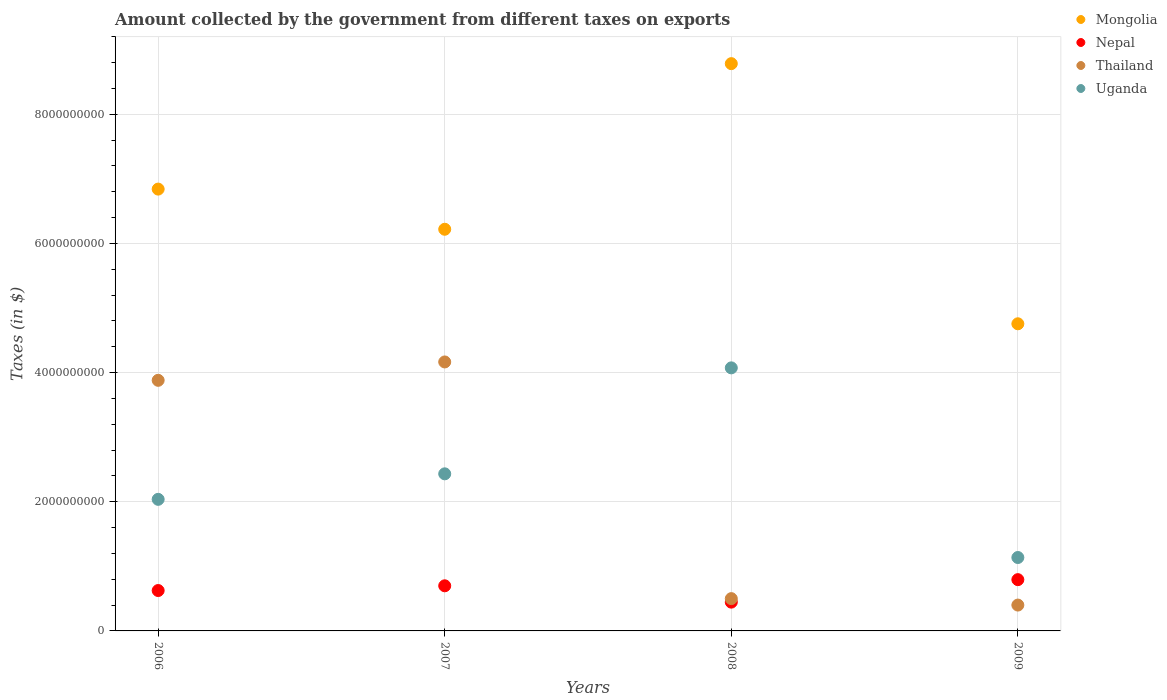
| Years | Mongolia | Nepal | Thailand | Uganda |
 | --- | --- | --- | --- | --- |
 | 2006 | 6.84e+09 | 6.25e+08 | 3.88e+09 | 2.04e+09 |
 | 2007 | 6.22e+09 | 6.99e+08 | 4.16e+09 | 2.43e+09 |
 | 2008 | 8.78e+09 | 4.46e+08 | 5e+08 | 4.07e+09 |
 | 2009 | 4.75e+09 | 7.94e+08 | 4e+08 | 1.14e+09 |